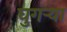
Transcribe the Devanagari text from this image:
घुगर्‍या